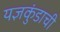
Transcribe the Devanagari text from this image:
यज्ञकुंडाची